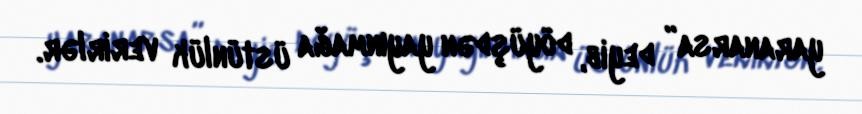
yaranarsa” deyib, döyüşdən yayınmağa üstünlük verirlər.